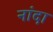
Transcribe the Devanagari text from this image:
नांदा